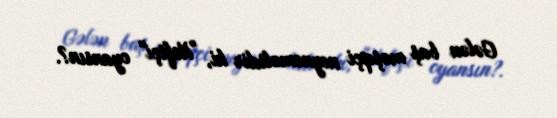
Gələn baş məşqçi neynəməlidir ki, "Neftçi" oyansın?.